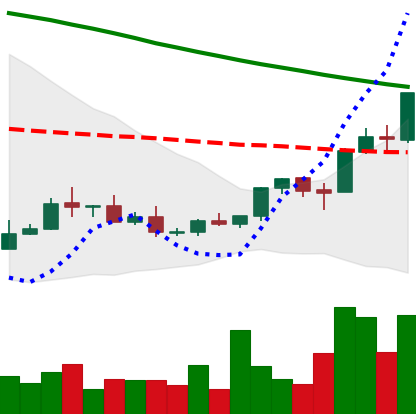
Ticker: XMR-USD
Chart end date: 2018-09-03
Forward return: -23.035%
Label: down_7plus